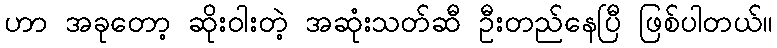
ဟာ အခုတော့ ဆိုးဝါးတဲ့ အဆုံးသတ်ဆီ ဦးတည်နေပြီ ဖြစ်ပါတယ်။